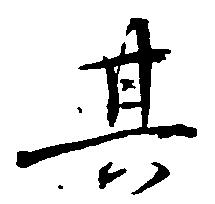
其